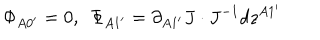
LaTeX: \Phi _ { A 0 ^ { \prime } } = 0 , \ \ \Phi _ { A 1 ^ { \prime } } = \partial _ { A 1 ^ { \prime } } J \cdot J ^ { - 1 } d z ^ { A 1 ^ { \prime } }